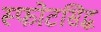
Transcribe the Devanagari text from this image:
स्फोटसिद्ध